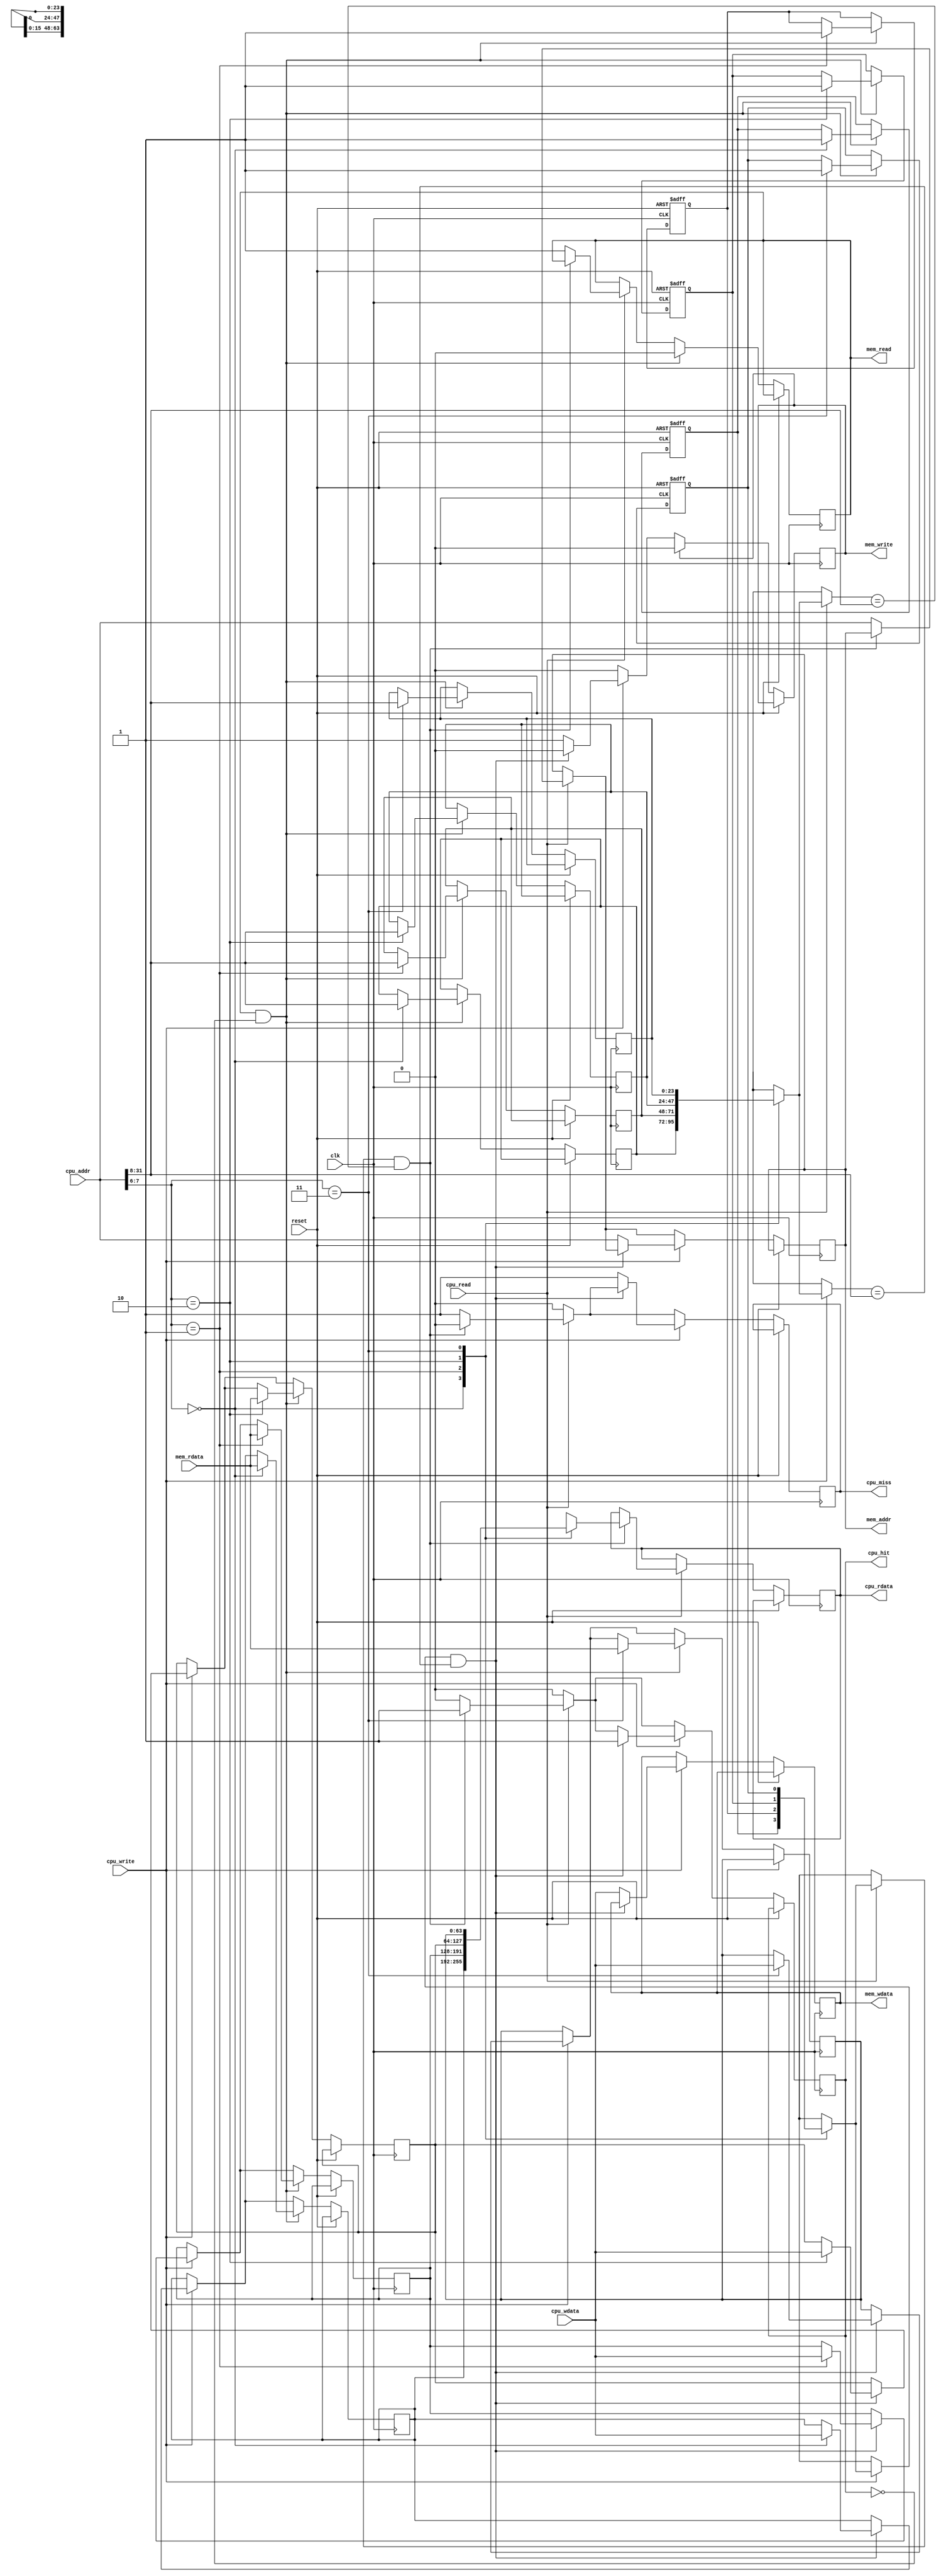
module unified_cache #(
    parameter CACHE_SIZE = 256,  // Total Cache Size in Bytes
    parameter LINE_SIZE = 64,     // Line Size in Bytes
    parameter ADDR_WIDTH = 32      // Address Width
)(
    input wire clk,
    input wire reset,
    
    // CPU interface
    input wire [ADDR_WIDTH-1:0] cpu_addr,
    input wire cpu_read,
    input wire cpu_write,
    input wire [LINE_SIZE-1:0] cpu_wdata,
    output reg [LINE_SIZE-1:0] cpu_rdata,
    output reg cpu_hit,
    output reg cpu_miss,

    // Memory interface
    output reg mem_read,
    output reg mem_write,
    output reg [ADDR_WIDTH-1:0] mem_addr,
    output reg [LINE_SIZE-1:0] mem_wdata,
    input wire [LINE_SIZE-1:0] mem_rdata
);

    localparam NUM_LINES = CACHE_SIZE / LINE_SIZE;
    localparam TAG_WIDTH = ADDR_WIDTH - $clog2(NUM_LINES) - $clog2(LINE_SIZE);

    // Cache line structure
    reg [LINE_SIZE-1:0] cache_data [0:NUM_LINES-1];
    reg [TAG_WIDTH-1:0] cache_tag [0:NUM_LINES-1];
    reg cache_valid [0:NUM_LINES-1];
    reg cache_dirty [0:NUM_LINES-1];

    // Address parsing
    wire [TAG_WIDTH-1:0] tag = cpu_addr[ADDR_WIDTH-1:ADDR_WIDTH-TAG_WIDTH];
    wire [$clog2(NUM_LINES)-1:0] index = cpu_addr[$clog2(NUM_LINES)+$clog2(LINE_SIZE)-1:$clog2(LINE_SIZE)];
    wire [$clog2(LINE_SIZE)-1:0] offset = cpu_addr[$clog2(LINE_SIZE)-1:0];

    // Cache control
    integer i;

    always @(posedge clk or posedge reset) begin
        if (reset) begin
            // Initialize cache
            for (i = 0; i < NUM_LINES; i = i + 1) begin
                cache_valid[i] <= 0;
                cache_dirty[i] <= 0;
            end
        end
        else begin
            cpu_hit <= 0;
            cpu_miss <= 0;
            
            if (cpu_read) begin
                // Read operation
                if (cache_valid[index] && (cache_tag[index] == tag)) begin
                    // Cache hit
                    cpu_rdata <= cache_data[index];
                    cpu_hit <= 1;
                end
                else begin
                    // Cache miss
                    cpu_miss <= 1;
                    mem_read <= 1;
                    mem_addr <= cpu_addr;
                end
            end
            
            if (cpu_write) begin
                // Write operation
                if (cache_valid[index] && (cache_tag[index] == tag)) begin
                    // Cache hit
                    cache_data[index] <= cpu_wdata;
                    cache_dirty[index] <= 1; // Set dirty bit
                    cpu_hit <= 1;
                end
                else begin
                    // Cache miss
                    cpu_miss <= 1;
                    mem_write <= 1;
                    mem_addr <= cpu_addr;
                    mem_wdata <= cpu_wdata;
                end
            end

            // Memory read response
            if (mem_read && !cpu_hit) begin
                cache_data[index] <= mem_rdata;
                cache_tag[index] <= tag;
                cache_valid[index] <= 1;
                mem_read <= 0; // Done reading
            end
            
            // Memory write response
            if (mem_write) begin
                // Write handled here
                mem_write <= 0; // Done writing
            end
        end
    end
endmodule